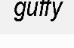
guffy